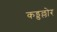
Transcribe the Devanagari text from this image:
कड्डल्लोर